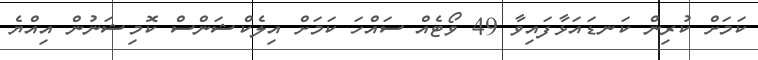
ކަމަށް ކުރިން ކަނޑައަޅާފައިވާ 49 ވޯޓެއް ސައްހަ ކަމަށް އިލެކްޝަންސް ކޮމިޝަނުން އިއްޔެ